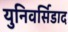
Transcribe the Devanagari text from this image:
युनिवर्सिडाद